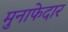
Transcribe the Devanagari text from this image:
मुनाफेदार